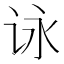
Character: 𰵞